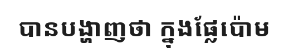
បានបង្ហាញថា ក្នុងផ្លែប៉ោម